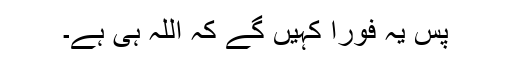
پس یہ فورًا کہیں گے کہ اللہ ہی ہے۔